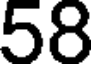
58